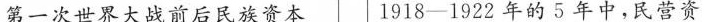
第一次世界大战前后民族资本 1918——1922年的5年中，民营资